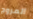
المروج